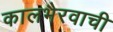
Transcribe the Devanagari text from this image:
कालभैरवाची